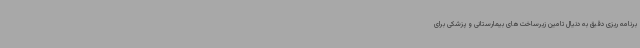
برنامه ریزی دقیق به دنیال تامین زیرساخت‌های بیمارستانی و پزشکی برای